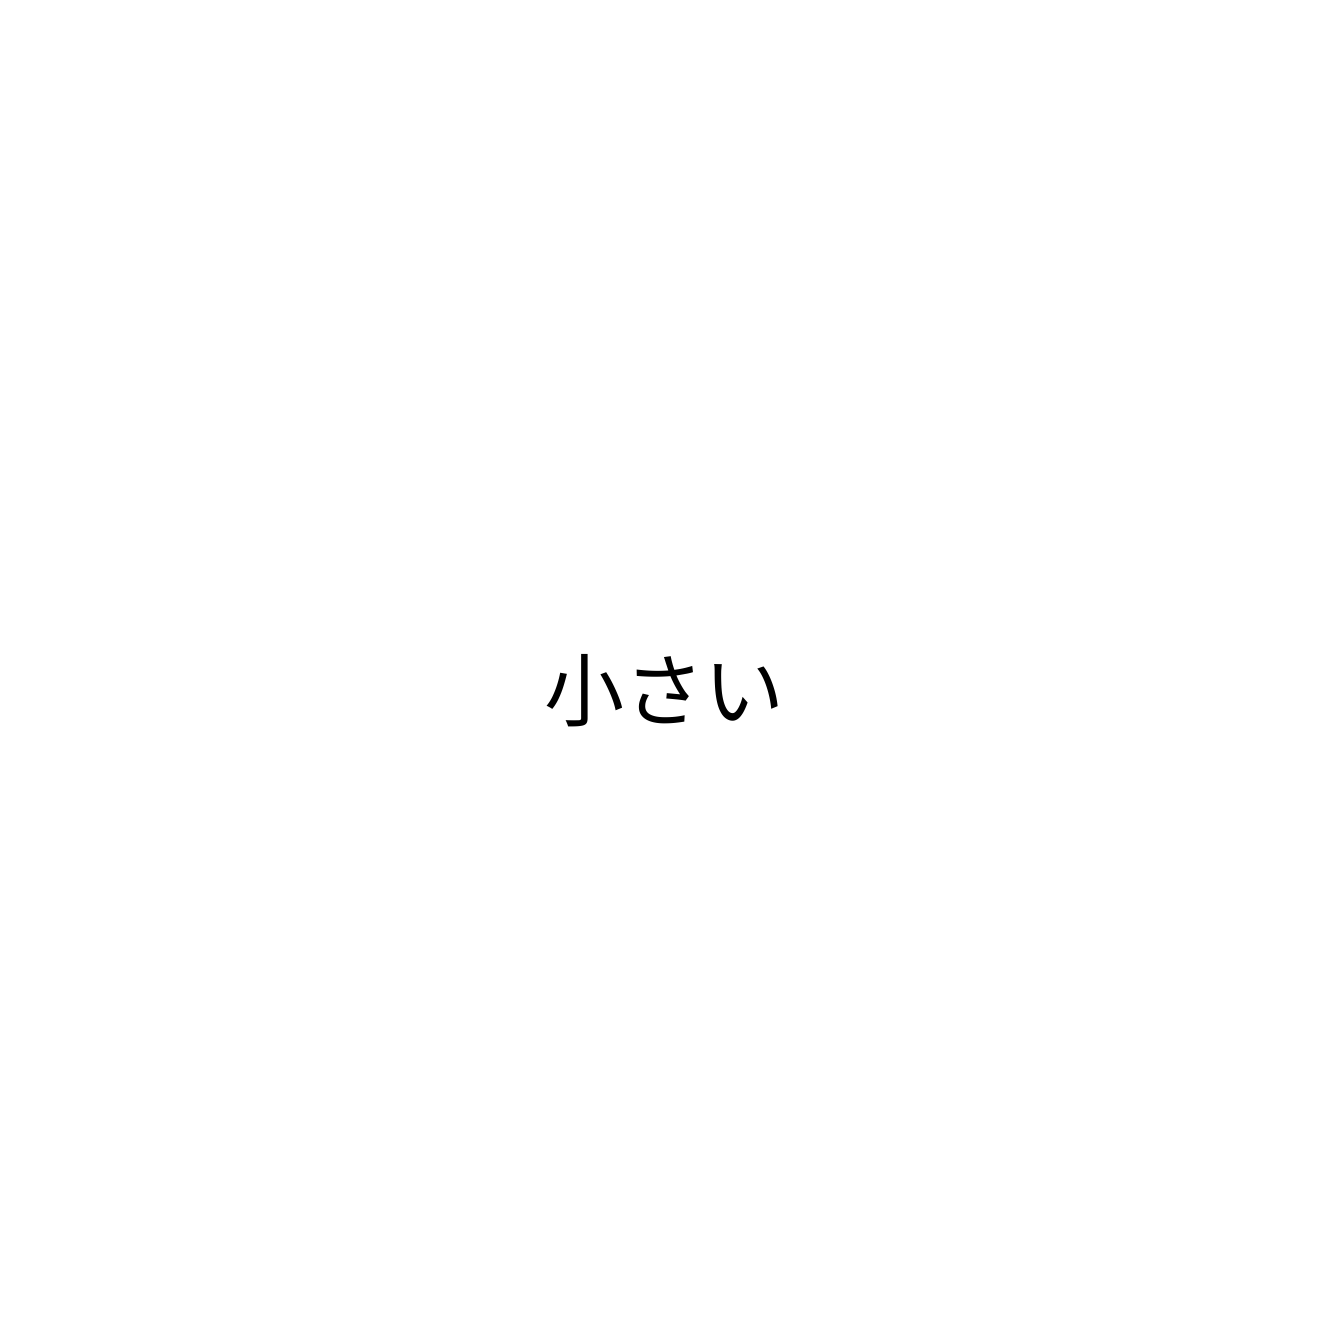
小さい